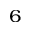
^ 6